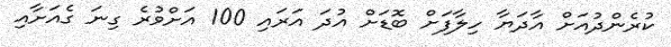
ކުރެންދުއަށް އާދަޔާ ހިލާފަށް ބޮޑަށް އުދަ އަރައި 100 އަށްވުރެ ގިނަ ގެއަށާއި